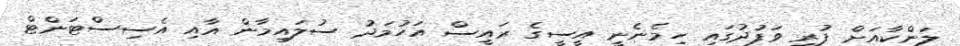
ލަންކާއަށް ފުރި ވަފުދުގައި ހިމެނެނީ އީސީގެ ރައީސް އަހުމަދު ސުލައިމާން އާއި އެސިސްޓަންޓް